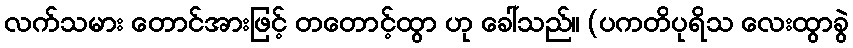
လက်သမား တောင်အားဖြင့် တတောင့်ထွာ ဟု ခေါ်သည်။ (ပကတိပုရိသ လေးထွာခွဲ